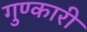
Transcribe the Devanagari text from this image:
गुण्कारी